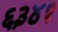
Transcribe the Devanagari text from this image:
६३४१